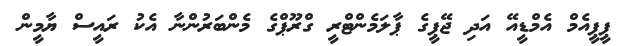
ޕީޕީއެމް އެމްޑީއޭ އަދި ޖޭޕީގެ ޕާލަމެންޓްރީ ގްރޫޕްގެ މެންބަރުންނާ އެކު ރައީސް ޔާމީން